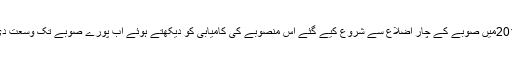
فروری 2016میں صوبے کے چار اضلاع سے شروع کیے گئے اس منصوبے کی کامیابی کو دیکھتے ہوئے اب پورے صوبے تک وسعت دی گئی ہے ۔